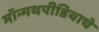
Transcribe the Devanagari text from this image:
मॉन्मथपीडियाचे